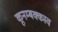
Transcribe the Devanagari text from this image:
कूनम्बक्काव